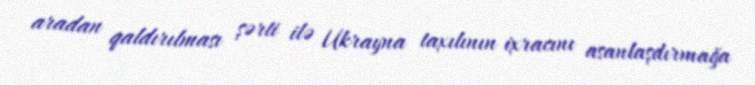
aradan qaldırılması şərti ilə Ukrayna taxılının ixracını asanlaşdırmağa